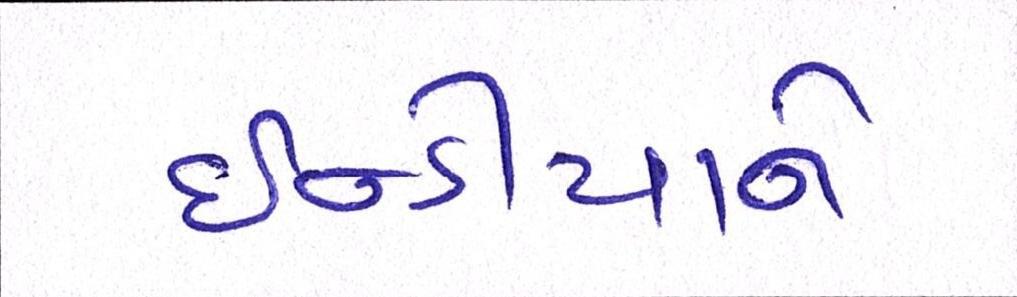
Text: ઈન્ડીયાને